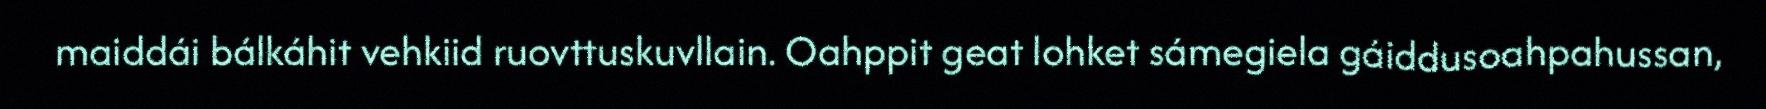
maiddái bálkáhit vehkiid ruovttuskuvllain. Oahppit geat lohket sámegiela gáiddusoahpahussan,